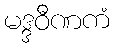
မဒ္ဒဝီဏကံ